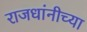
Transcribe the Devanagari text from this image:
राजधांनीच्या